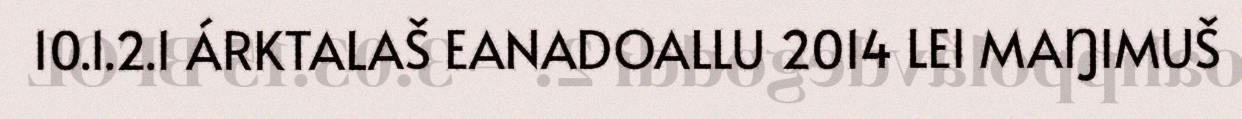
10.1.2.1 ÁRKTALAŠ EANADOALLU 2014 LEI MAŊIMUŠ